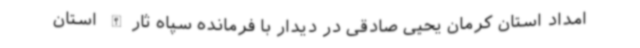
امداد استان کرمان یحیی صادقی در دیدار با فرمانده سپاه ثارالله استان